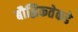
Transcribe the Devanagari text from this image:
बौद्धिकतेकडे